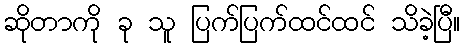
ဆိုတာကို ခု သူ ပြက်ပြက်ထင်ထင် သိခဲ့ပြီ။